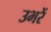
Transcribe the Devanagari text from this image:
उभरें